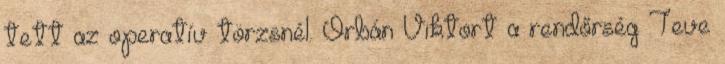
tett az operatív törzsnél. Orbán Viktort a rendőrség Teve